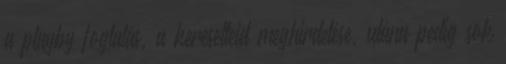
a playby foglalás, a keresetteid meghirdetése, utána pedig sok